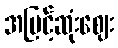
အမြင့်ဆုံးဈေး